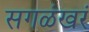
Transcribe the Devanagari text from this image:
सगळंखरं